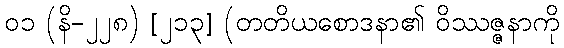
၀၁ (နိ-၂၂၈) [၂၁၃] (တတိယစောဒနာ၏ ဝိဿဇ္ဇနာကို